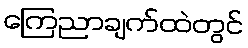
ကြေညာချက်ထဲတွင်